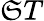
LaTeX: \mathfrak{S}T